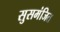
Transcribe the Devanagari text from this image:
सुसमंजित